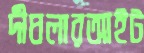
দীঘলারআইট